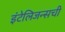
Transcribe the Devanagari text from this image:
इंटेलिजन्सची